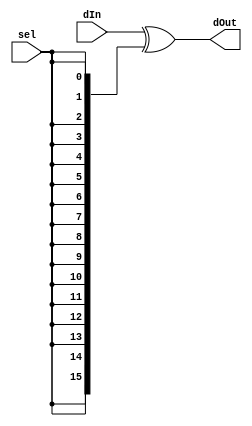
`timescale 1ns / 1ps
//////////////////////////////////////////////////////////////////////////////////
// Company: 
// Engineer: 
// 
// Design Name: 
// Module Name: Neg16B
// Project Name: 
// Target Devices: 
// Tool Versions: 
// Description: 
// 
// Dependencies: 
// 
// Revision:
// Revision 0.01 - File Created
// Additional Comments:
// 
//////////////////////////////////////////////////////////////////////////////////

module Neg16B(
    input [15:0] dIn,
    input sel,
    output [15:0] dOut
  );
  
  assign dOut[15:0] = dIn[15:0] ^ {16{sel}};
  
endmodule